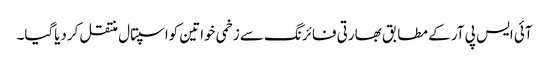
آئی ایس پی آر کے مطابق بھارتی فائرنگ سے زخمی خواتین کواسپتال منتقل کردیاگیا۔